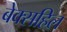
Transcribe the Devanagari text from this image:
बेक्सहिल